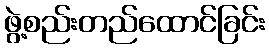
ဖွဲ့စည်းတည်ထောင်ခြင်း